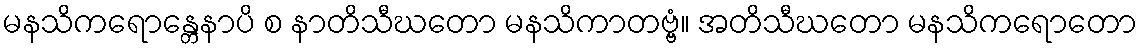
မနသိကရောန္တေနာပိ စ နာတိသီဃတော မနသိကာတဗ္ဗံ။ အတိသီဃတော မနသိကရောတော